Annual report on the working of the lock hospitals in the Central Provinces
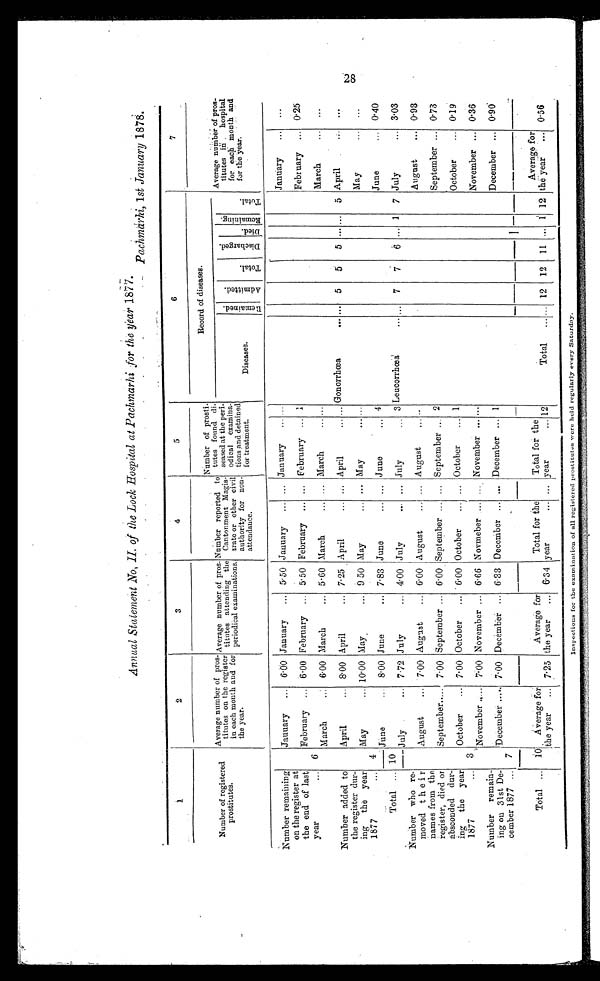
Annual Statement No, II of the Lock Hospital at Pachtnarhi for the year 1877.
Pachmarhi, 1 st January 1878.
1
2
3
4
5
6
7
Number of registered
prostitutes.
Average number of pros-
titutes on the register
in each month and for
the year.
Average number of pros
- titutes attending the
periodical examinations.
Number reported to
Cantonment Magis-
trate or other civil
authority for non-
attendance.
Number of prosti-
tutes found di-
ceased at the peri
odical examina-
tions and detained
for treatment.
Record of diseases.
Average number of pros-
titutes in hospital
for each month and
for the year.
Diseases.
Re ma i n e d . A d m i t t e d .
T o t a l .
D i s c h a r g e d .
Di ed.
R e ma i n i n g .
T o t a l .
Number remaining
on the register at
the end of last
year
...
Jauuary ... 6.00 January ... 5.50 January ... ... January
January
... ...
6
February ... 6.00 February ... 5.50 February ... ... February ... 1
February ... 0.25
March
..: 6.00 March
... 5.60 March
... ... March
......
March
... ...
Number added to
the register dur-
ing the year
1877
...
April
... 8.00 April
... 7.25 April
...
April
...
... Gonorrhœa
... ...
5 5 5 .. ... 5 April
4
May
... 10.00 May
... 9.50 May
... ... May
.. . . . .
May
... ...
June
8.00 June
... 7.83 June
... ... June
... 4
June
... 0.40
Total ... 10
July ... 7.72 July
... 4.00 July
... July
... 3 Leucorrhœa
7 7
6 ... 1 7 July
... 3.03
Number who re-
moved their
names from the
register, died or
absconded dur-
ing the year
1877
August
... 7.00 August
... 6.00 August
... ... August
... . .
August
... 0.93
September..... 7.00 September ... 6.00 September ... ... September
2
September ...
0
.73
3
October
... 7.00 October ... 6.00 October
... October
1
October
... 0.19
November ..... 7.00 November ... 6.66 Novmeber ...
November ......
November ... 0.36
Number remain-
ing on 31st De-
cember 1877 ... 7
December ..... 7.00 December ... 6.33 December ... ... December ... 1
December ... 0.96
Total ... 10 Average for
the year ... 7.25
Average for
the year ... 6.34
Total for the
year
... ...
Total for the
year
... 12
Total ... ... 12 12 11
1 12
Average for
the year ... 0.56
Inspections for the examination of all registered prostitutes were held regularly every Saturday.
28